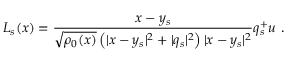
L _ { s } ( x ) = \frac { x - y _ { s } } { \sqrt { \rho _ { 0 } ( x ) } \left( | x - y _ { s } | ^ { 2 } + | q _ { s } | ^ { 2 } \right) | x - y _ { s } | ^ { 2 } } q _ { s } ^ { + } u ~ .